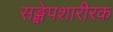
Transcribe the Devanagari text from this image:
सङ्क्षेपशारीरक